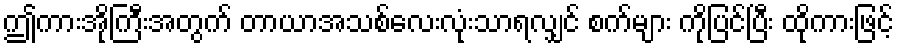
ဤကားအိုကြီးအတွက် တာယာအသစ်လေးလုံးသာရလျှင် စက်များ ကိုပြင်ပြီး ထိုကားဖြင့်